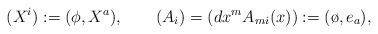
LaTeX: \begin{align*} (X^i) := (\phi,X^a), \qquad (A_i) = (dx^m A_{mi}(x)) := (\o,e_a),\end{align*}